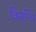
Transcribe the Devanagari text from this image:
विसन्धि